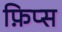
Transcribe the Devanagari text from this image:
फ़िप्स